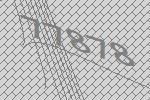
77878